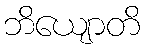
ဘိယျောတိ